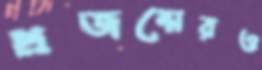
প্রজন্মেরও